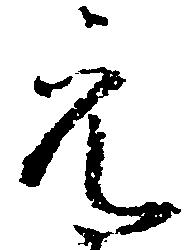
元